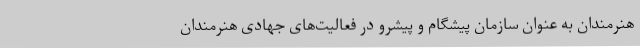
هنرمندان به عنوان سازمان پیشگام و پیشرو در فعالیت‌های جهادی هنرمندان